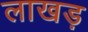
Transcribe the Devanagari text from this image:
लाखड़